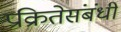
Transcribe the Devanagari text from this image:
प्रक्रितेसंबंधी